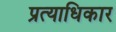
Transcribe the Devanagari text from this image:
प्रत्याधिकार